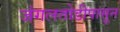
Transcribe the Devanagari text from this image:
जंगलतोडीपासून